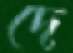
দে